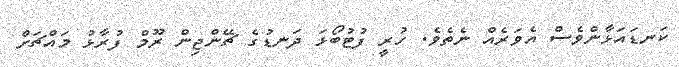
ކަނޑައަޅާންވެސް އެވަރެއް ނެތެވެ. ހުރީ ފުޓުބޯޅަ ދަނޑުގެ ޗޭންޖިން ރޫމް ފުރާޅު މައްޗަށް